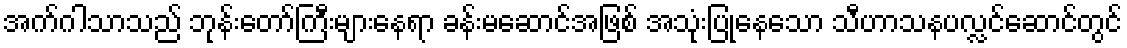
အက်ဂါသာသည် ဘုန်းတော်ကြီးများနေရာ ခန်းမဆောင်အဖြစ် အသုံးပြုနေသော သီဟာသနပလ္လင်ဆောင်တွင်